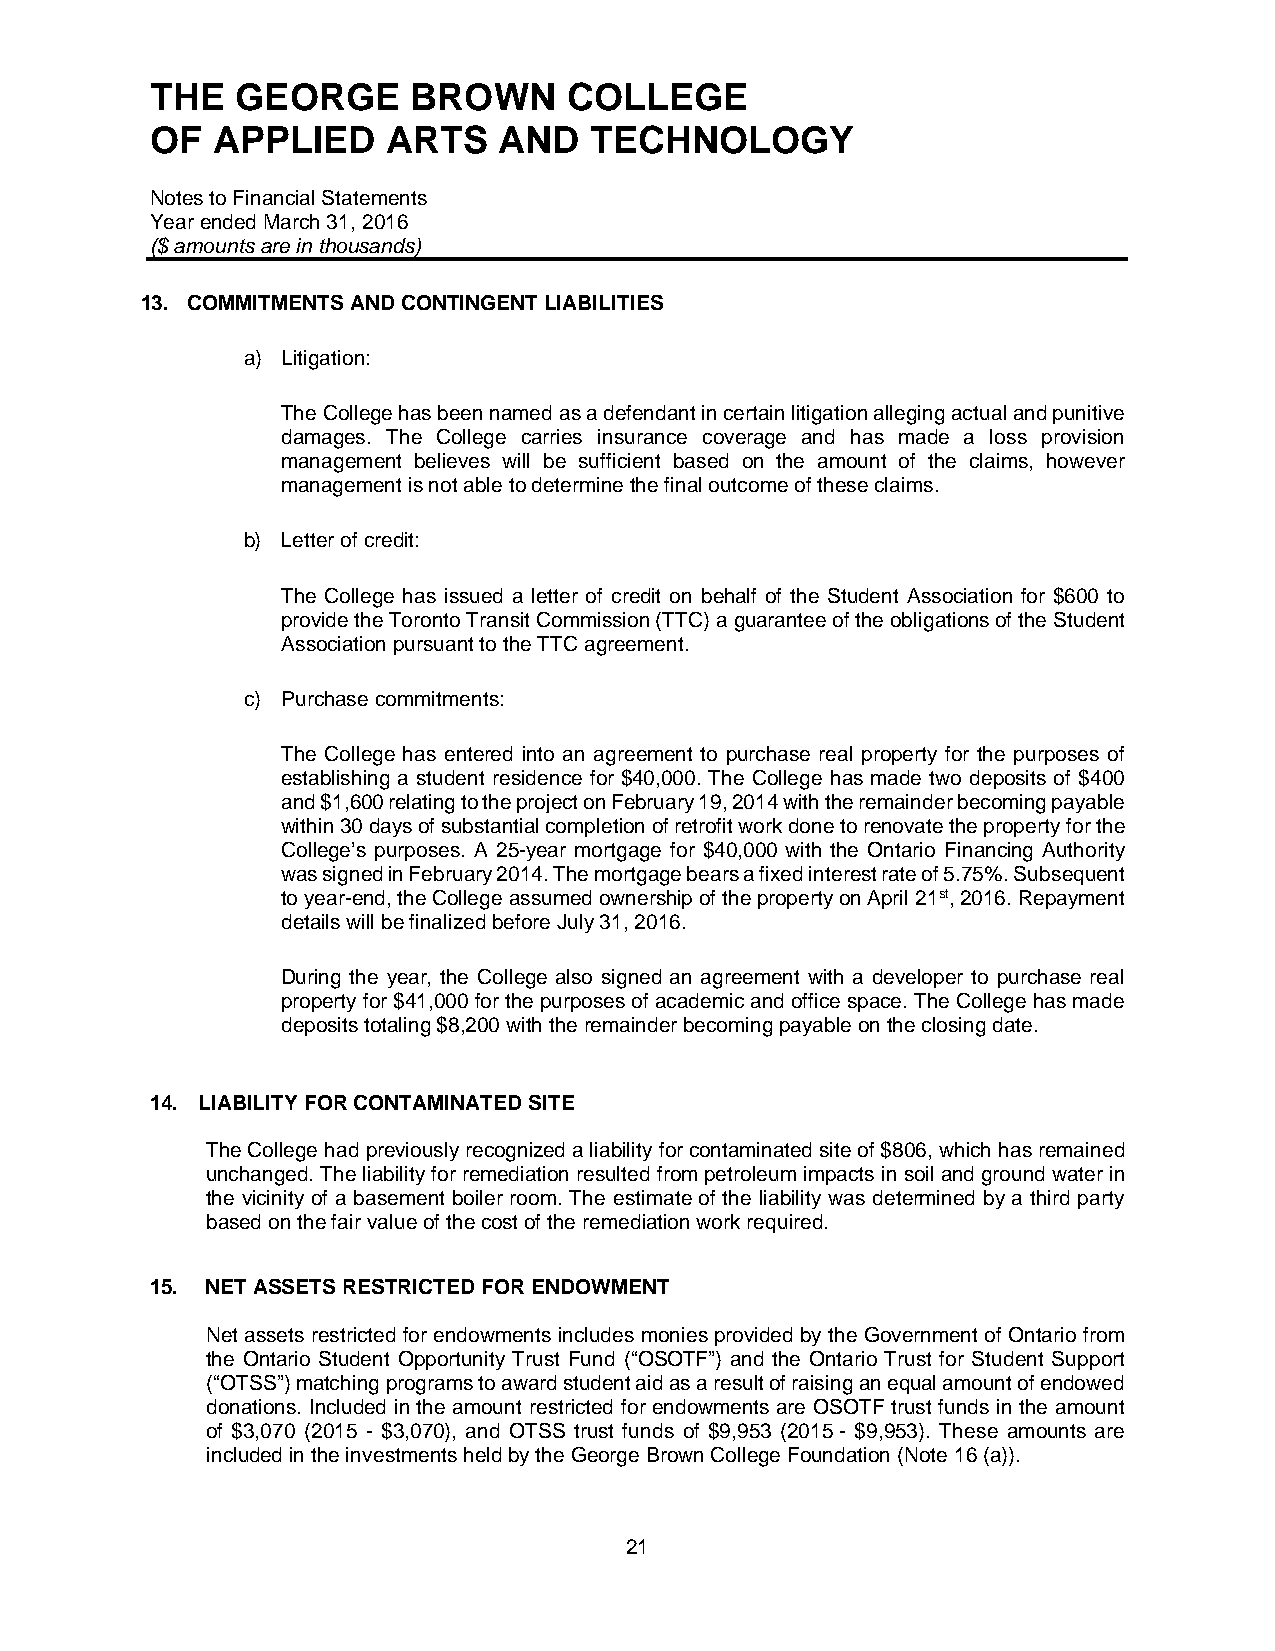
THE   GEORGE     BROWN      COLLEGE
 OF  APPLIED     ARTS   AND   TECHNOLOGY
 Notes to Financial Statements
 Year ended March 31, 2016
 ($ amounts are in thousands)
 13. COMMITMENTS AND CONTINGENT LIABILITIES
 a) Litigation:
 The College has been named as a defendant in certain litigation alleging actual and punitive
 damages. The College carries insurance coverage and has made a loss provision
 management believes will be sufficient based on the amount of the claims, however
 management is not able to determine the final outcome of these claims.
 b) Letter of credit:
 The College has issued a letter of credit on behalf of the Student Association for $600 to
 provide the Toronto Transit Commission (TTC) a guarantee of the obligations of the Student
 Association pursuant to the TTC agreement.
 c) Purchase commitments:
 The College has entered into an agreement to purchase real property for the purposes of
 establishing a student residence for $40,000. The College has made two deposits of $400
 and $1,600 relating to the project on February 19, 2014 with the remainder becoming payable
 within 30 days of substantial completion of retrofit work done to renovate the property for the
 College’s purposes. A 25-year mortgage for $40,000 with the Ontario Financing Authority
 was signed in February 2014. The mortgage bears a fixed interest rate of 5.75%. Subsequent
 to year-end, the College assumed ownership of the property on April 21st, 2016. Repayment
 details will be finalized before July 31, 2016.
 During the year, the College also signed an agreement with a developer to purchase real
 property for $41,000 for the purposes of academic and office space. The College has made
 deposits totaling $8,200 with the remainder becoming payable on the closing date.
 14. LIABILITY FOR CONTAMINATED SITE
 The College had previously recognized a liability for contaminated site of $806, which has remained
 unchanged. The liability for remediation resulted from petroleum impacts in soil and ground water in
 the vicinity of a basement boiler room. The estimate of the liability was determined by a third party
 based on the fair value of the cost of the remediation work required.
 15. NET ASSETS RESTRICTED FOR ENDOWMENT
 Net assets restricted for endowments includes monies provided by the Government of Ontario from
 the Ontario Student Opportunity Trust Fund (“OSOTF”) and the Ontario Trust for Student Support
 (“OTSS”) matching programs to award student aid as a result of raising an equal amount of endowed
 donations. Included in the amount restricted for endowments are OSOTF trust funds in the amount
 of $3,070 (2015 - $3,070), and OTSS trust funds of $9,953 (2015 - $9,953). These amounts are
 included in the investments held by the George Brown College Foundation (Note 16 (a)).
 21